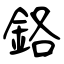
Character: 鉻